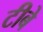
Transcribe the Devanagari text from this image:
टीबे